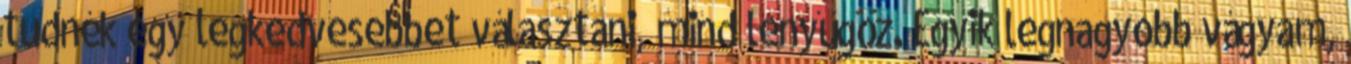
tudnék egy legkedvesebbet választani, mind lenyűgöz. Egyik legnagyobb vágyam,